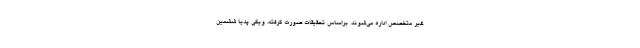
غیر متخصص اداره می‌شوند. براساس تحقیقات صورت گرفته، ویکی پدیا ششمین